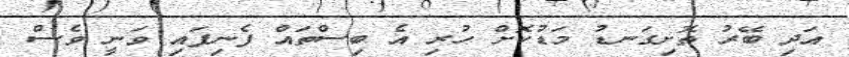
އަދި ބޭރު ތޮށިގަނޑު މަޑުކޮށް ހުރި އެ ބިސްތައް ފެނިފައި ވަނީ ވެސް